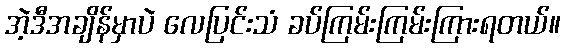
အဲ့ဒီအချိန်မှာပဲ လေပြင်းသံ ခပ်ကြမ်းကြမ်းကြားရတယ်။